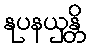
နုပနယှန္တိ